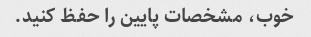
خوب، مشخصات پایین را حفظ کنید.